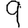
Digit: 9